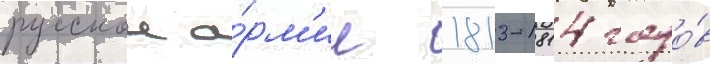
русскои а́рм'ии 1813-1814 годо́в